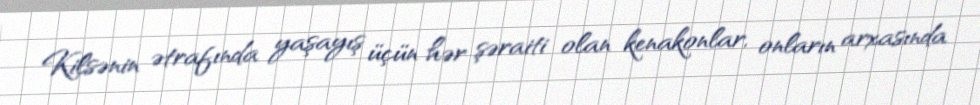
Kilsənin ətrafında yaşayış üçün hər şəraiti olan kenakonlar, onların arxasında